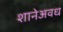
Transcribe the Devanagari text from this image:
शानेअवध